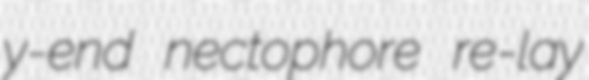
y-end nectophore re-lay